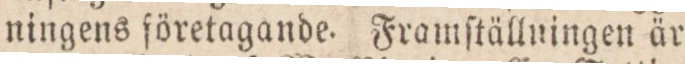
ningens företagande. Framſtällningen är